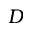
D